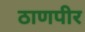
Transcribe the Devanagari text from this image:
ठाणपीर